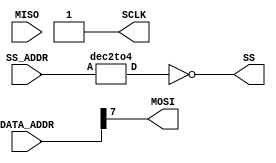
/**
* starter.v
*
* Serial Peripheral Interface (SPI)
*
* Implement both sides of a SPI interface.
*
*/

module master_device(DATA_ADDR, SS_ADDR, SCLK, MOSI, MISO, SS);
// I/O PORTS (DO NOT MODIFY)
input MISO; 
output reg MOSI, SCLK;
input   [1:0] SS_ADDR;
output  [3:0] SS;
input   [7:0] DATA_ADDR;

wire [3:0] W_SS;
assign SS = ~W_SS;


dec2to4 u0(.A(SS_ADDR), .D(W_SS));

integer i = 0;

integer j = 0;

reg [7:0] DATA;

// ADD COMBINATIONAL LOGIC HERE

always@(DATA_ADDR, SS_ADDR)
begin
  // ADD SEQUENTIAL LOGIC HERE
    
    for (j = 0; j < 8; j = j + 1)
    begin  
        SCLK = 0; #10;
        MOSI = DATA_ADDR[j];
        SCLK = 1; #10;
    end

    for (j = 0; j < 8; j = j + 1)
    begin 
        SCLK = 0; #10;
        SCLK = 1; #10;
        DATA[j] = MISO;
    end 

end

endmodule

module slave_device(SCLK, MOSI, MISO, SS);
// I/O PORTS (DO NOT MODIFY)
input       MOSI, SCLK, SS;
output  reg MISO = 0;

// INTERNAL DATA REGISTERS (DO NOT MODIFY)
reg [7:0] reg0 = 8'h41; // Address = 8'h1A
reg [7:0] reg1 = 8'hDC; // Address = 8'h1B
reg [7:0] reg2 = 8'h3B; // Address = 8'h1C
reg [7:0] reg3 = 8'h4E; // Address = 8'h1D
reg [7:0] reg4 = 8'h8C; // Address = 8'h2A
reg [7:0] reg5 = 8'hB5; // Address = 8'h2B
reg [7:0] reg6 = 8'h05; // Address = 8'h2C
reg [7:0] reg7 = 8'hE5; // Address = 8'h2D

// ADD YOUR CODE HERE 

reg [7:0] ADDR_COMPARE = 8'h0;
//COUNTER 
reg [3:0] counter = 0;

always @(posedge SCLK)
begin
MISO = 0;
if (SS == 0)

begin
         if (counter < 8)
        begin
            ADDR_COMPARE [counter] = MOSI;
        end
    
        else if ( ADDR_COMPARE == 8'h1A)
        begin
          MISO = reg0[counter - 8];
        end
        
        else if( ADDR_COMPARE == 8'h1B)
        begin 
        MISO = reg1[counter - 8];
        end 
        
        else if( ADDR_COMPARE == 8'h1C)
        begin 
        MISO = reg2[counter - 8];
        end 
        
        else if( ADDR_COMPARE == 8'h1D)
        begin 
        MISO = reg3[counter - 8];
        end 
        
        else if( ADDR_COMPARE == 8'h2A)
        begin 
        MISO = reg4[counter - 8];
        end 
       
        else if( ADDR_COMPARE == 8'h2B)
        begin 
        MISO = reg5[counter - 8];
        end
       
        else if( ADDR_COMPARE == 8'h2C)
        begin 
        MISO = reg6[counter - 8];
        end

         else if( ADDR_COMPARE == 8'h2D)
        begin 
        MISO = reg7[counter - 8];
        end
        end

        counter = counter + 1;
    end

endmodule

module dec2to4(A, D);
input [1:0] A;
output [3:0] D;

wire [3:0] W;

dec1to2 u0(.A(A[1]), .D(W[3:2]));
dec1to2 u1(.A(A[0]), .D(W[1:0]));

assign D[3] = W[3] & W[1];
assign D[2] = W[3] & W[0];
assign D[1] = W[2] & W[1];
assign D[0] = W[2] & W[0];

endmodule


module dec1to2(A, D);
input A;
output [1:0] D;

assign D[1] = ~A;
assign D[0] = A;

endmodule